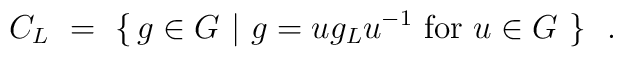
C_L \ = \ \{ \, g \in G \ | \ g = u g_L u^{-1} \mbox{ for }    u \in G \ \} \ \ .